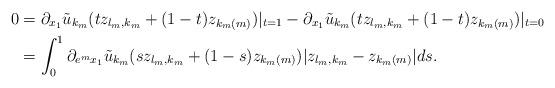
LaTeX: \begin{align*}0&=\partial_{x_1} \tilde u_{k_m}(tz_{l_m,k_m}+(1-t)z_{k_m(m)})|_{t=1}-\partial_{x_1} \tilde u_{k_m}(tz_{l_m,k_m}+(1-t)z_{k_m(m)})|_{t=0}\\&=\int_0^1 \partial_{e^m x_1} \tilde u_{k_m}(sz_{l_m,k_m}+(1-s)z_{k_m(m)}) |z_{l_m,k_m}-z_{k_m(m)}| ds.\end{align*}